Report on malaria in the Punjab during the year ...  together with an account of the work of the Punjab Malaria Bureau - Volume 3
Disease focus: Malaria
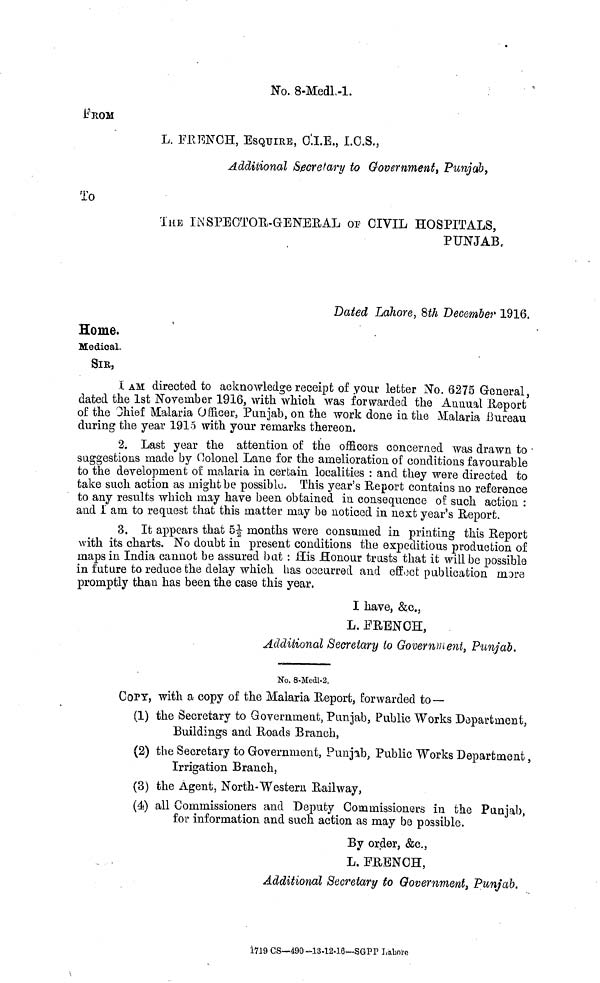
No. 8-Medl-l.
FROM
L. FRENCH, ESQUIRE, O.I.E., I.C.S.,
Additional Secretary to Government, Punjab,
To
THE INSPECTOR-GENERAL OF CIVIL HOSPITALS,
PUNJAB,
Dated Lahore, 8th December 1916.
Home.
Medical.
SIR,
I AM directed to acknowledge receipt of your letter No. 6275 General,
dated the 1st November 1916, with which was forwarded the Annual Report
of the Chief Malaria Officer, Punjab, on the work done in the Malaria Bureau
during the year 1915 with your remarks thereon.
2. Last year the attention of the officers concerned was drawn to •
suggestions made by Colonel Lane for the amelioration of conditions favourable
to the development of malaria in certain localities : and they were directed to
take such action as might be possible. This year's Report contains no reference
to any results which may have been obtained in consequence of. such action :
and 1 am to request that this matter may be noticed in next year's Report.
3. It appears that 5 1/2 months were consumed in printing this Report
with its charts. No doubt in present conditions the expeditious production of
maps in India cannot be assured bat : Sis Honour trusts that it will be possible
in future to reduce the delay which has occurred and effect publication more
promptly than has been the case this year.
I have, & c.,
L. FRENCH,
Additional Secretary to Government, Punjab.
No. 8-Medl-2.
COPY, with a copy of the Malaria Report, forwarded to —
(1) the Secretary to Government, Punjab, Public Works Department,
Buildings and Roads Branch,
(2) the Secretary to Government, Punjab, Public Works Department,
Irrigation Branch,
(3) the Agent, North-Western Railway,
(4) all Commissioners and Deputy Commissioners in the Punjab,
for information and such action as may be possible.
By order, &c,
L. FRENCH,
Additional Secretary to Government, Punjab.
1719 CS—490-13.12.16—SGPP Lahore